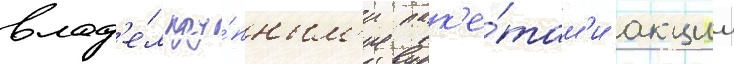
влад'е́л кру́пным'и пак'е́там'и акции